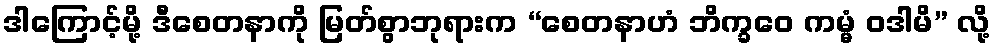
ဒါကြောင့်မို့ ဒီစေတနာကို မြတ်စွာဘုရားက “စေတနာဟံ ဘိက္ခဝေ ကမ္မံ ဝဒါမိ” လို့